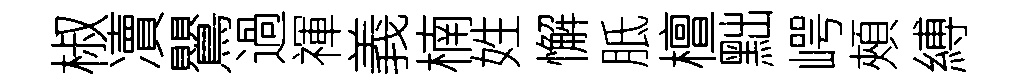
椒凟鸎過禈義楠姓懈胝檀黜崿頰縛